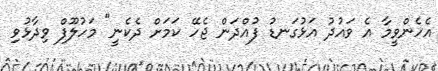
އެހެންވީމާ އެ ވައުދު އަޅުގަނޑު ފުއްދަން ޖެހޭ ކަމަށް ދެކެނީ" މަހުލޫފް ވިދާޅުވި